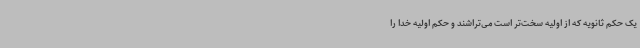
یک حکم ثانویه که از اولیه سخت‌تر است می‌تراشند و حکم اولیه خدا را